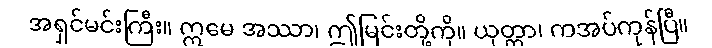
အရှင်မင်းကြီး။ ဣမေ အဿာ၊ ဤမြင်းတို့ကို။ ယုတ္တာ၊ ကအပ်ကုန်ပြီ။